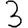
Digit: 3